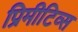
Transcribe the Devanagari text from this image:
प्रिमीटिव्स